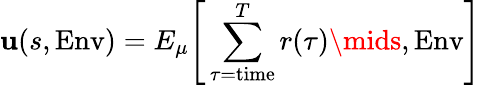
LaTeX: \mathbf{u}(s,\mathrm{{Env}})=E_{\mu}{\Bigg[}\sum_{\tau={\mathrm{{time}}}}^{T}r(\tau)\mids,\mathrm{{Env}}{\Bigg]}